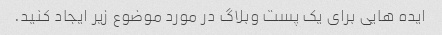
ایده هایی برای یک پست وبلاگ در مورد موضوع زیر ایجاد کنید.